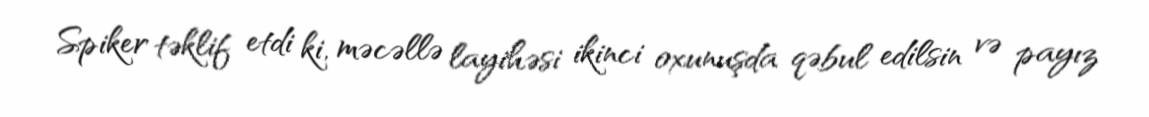
Spiker təklif etdi ki, məcəllə layihəsi ikinci oxunuşda qəbul edilsin və payız